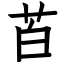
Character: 苩